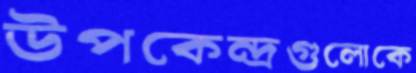
উপকেন্দ্রগুলোকে